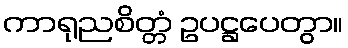
ကာရုညစိတ္တံ ဥပဋ္ဌပေတွာ။